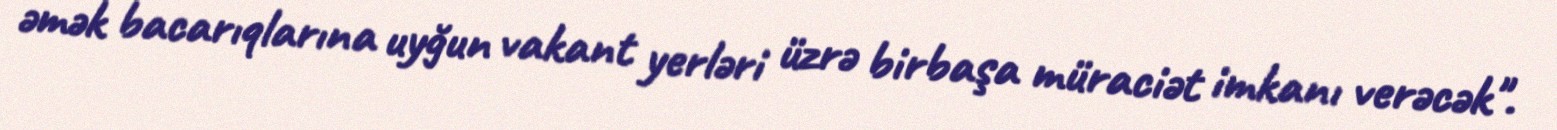
əmək bacarıqlarına uyğun vakant yerləri üzrə birbaşa müraciət imkanı verəcək".